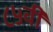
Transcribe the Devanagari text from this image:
८५वीं